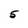
Character: 5